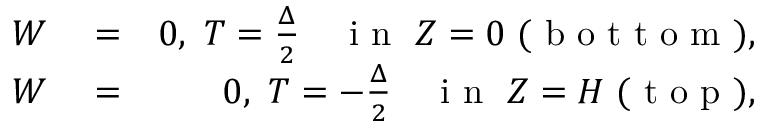
\begin{array} { r l r } { W } & { { } = } & { 0 , \ T = \frac { \Delta } { 2 } \quad \textrm { i n } \ Z = 0 \ ( \textrm { b o t t o m } ) , } \\ { W } & { { } = } & { 0 , \ T = - \frac { \Delta } { 2 } \quad \textrm { i n } \ Z = H \ ( \textrm { t o p } ) , } \end{array}